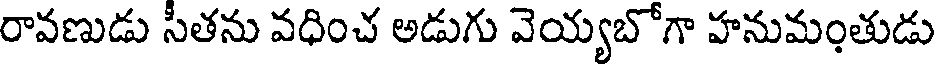
రావణుడు సీతను వధించ అడుగు వెయ్యబోగా హనుమంతుడు